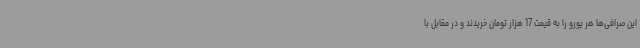
این صرافی‌ها هر یورو را به قیمت 17 هزار تومان خریدند و در مقابل با